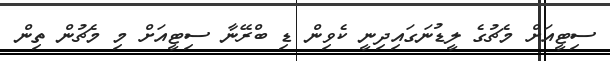
ސިޓީއަށް މެޗުގެ ލީޑުނަގައިދިނީ ކެވިން ޑި ބްރޭނާ ސިޓީއަށް މި މެޗުން ތިން